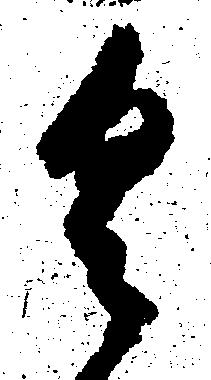
具